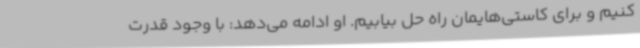
کنیم و برای کاستی‌هایمان راه حل بیابیم. او ادامه می‌دهد: با وجود قدرت